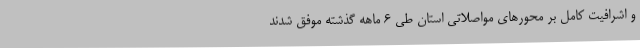
و اشرافیت کامل بر محورهای مواصلاتی استان طی 6 ماهه گذشته موفق شدند